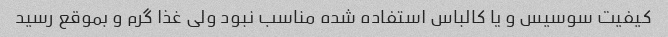
کیفیت سوسیس و یا کالباس استفاده شده مناسب نبود ولی غذا گرم و بموقع رسید